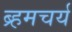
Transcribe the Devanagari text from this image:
ब्र्हमचर्य